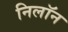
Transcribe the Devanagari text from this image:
निलॉन